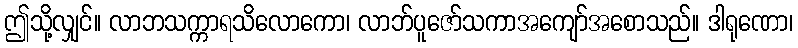
ဤသို့လျှင်။ လာဘသက္ကာရသိလောကော၊ လာဘ်ပူဇော်သကာအကျော်အစောသည်။ ဒါရုဏော၊